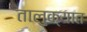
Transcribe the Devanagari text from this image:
तालु्क्यात